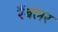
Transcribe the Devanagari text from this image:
रैंबलर